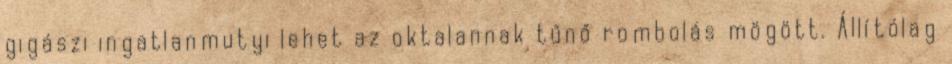
gigászi ingatlanmutyi lehet az oktalannak tűnő rombolás mögött. Állítólag